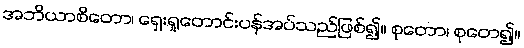
အဘိယာစိတော၊ ရှေးရှုတောင်းပန်အပ်သည်ဖြစ်၍။ စုတော၊ စုတေ၍။